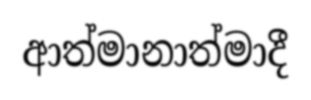
ආත්මානාත්මාදී